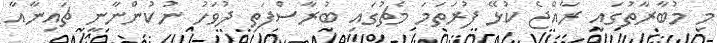
މި މުބާރާތުގައި ރާއްޖެ ކުޅޭ ފުރަތަމަ މެޗުގައި ބުރާސްފަތި ދުވަހު ނުކުންނާނީ ޗައިނާއާ